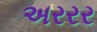
અરરર